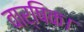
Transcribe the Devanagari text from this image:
वार्षिक।